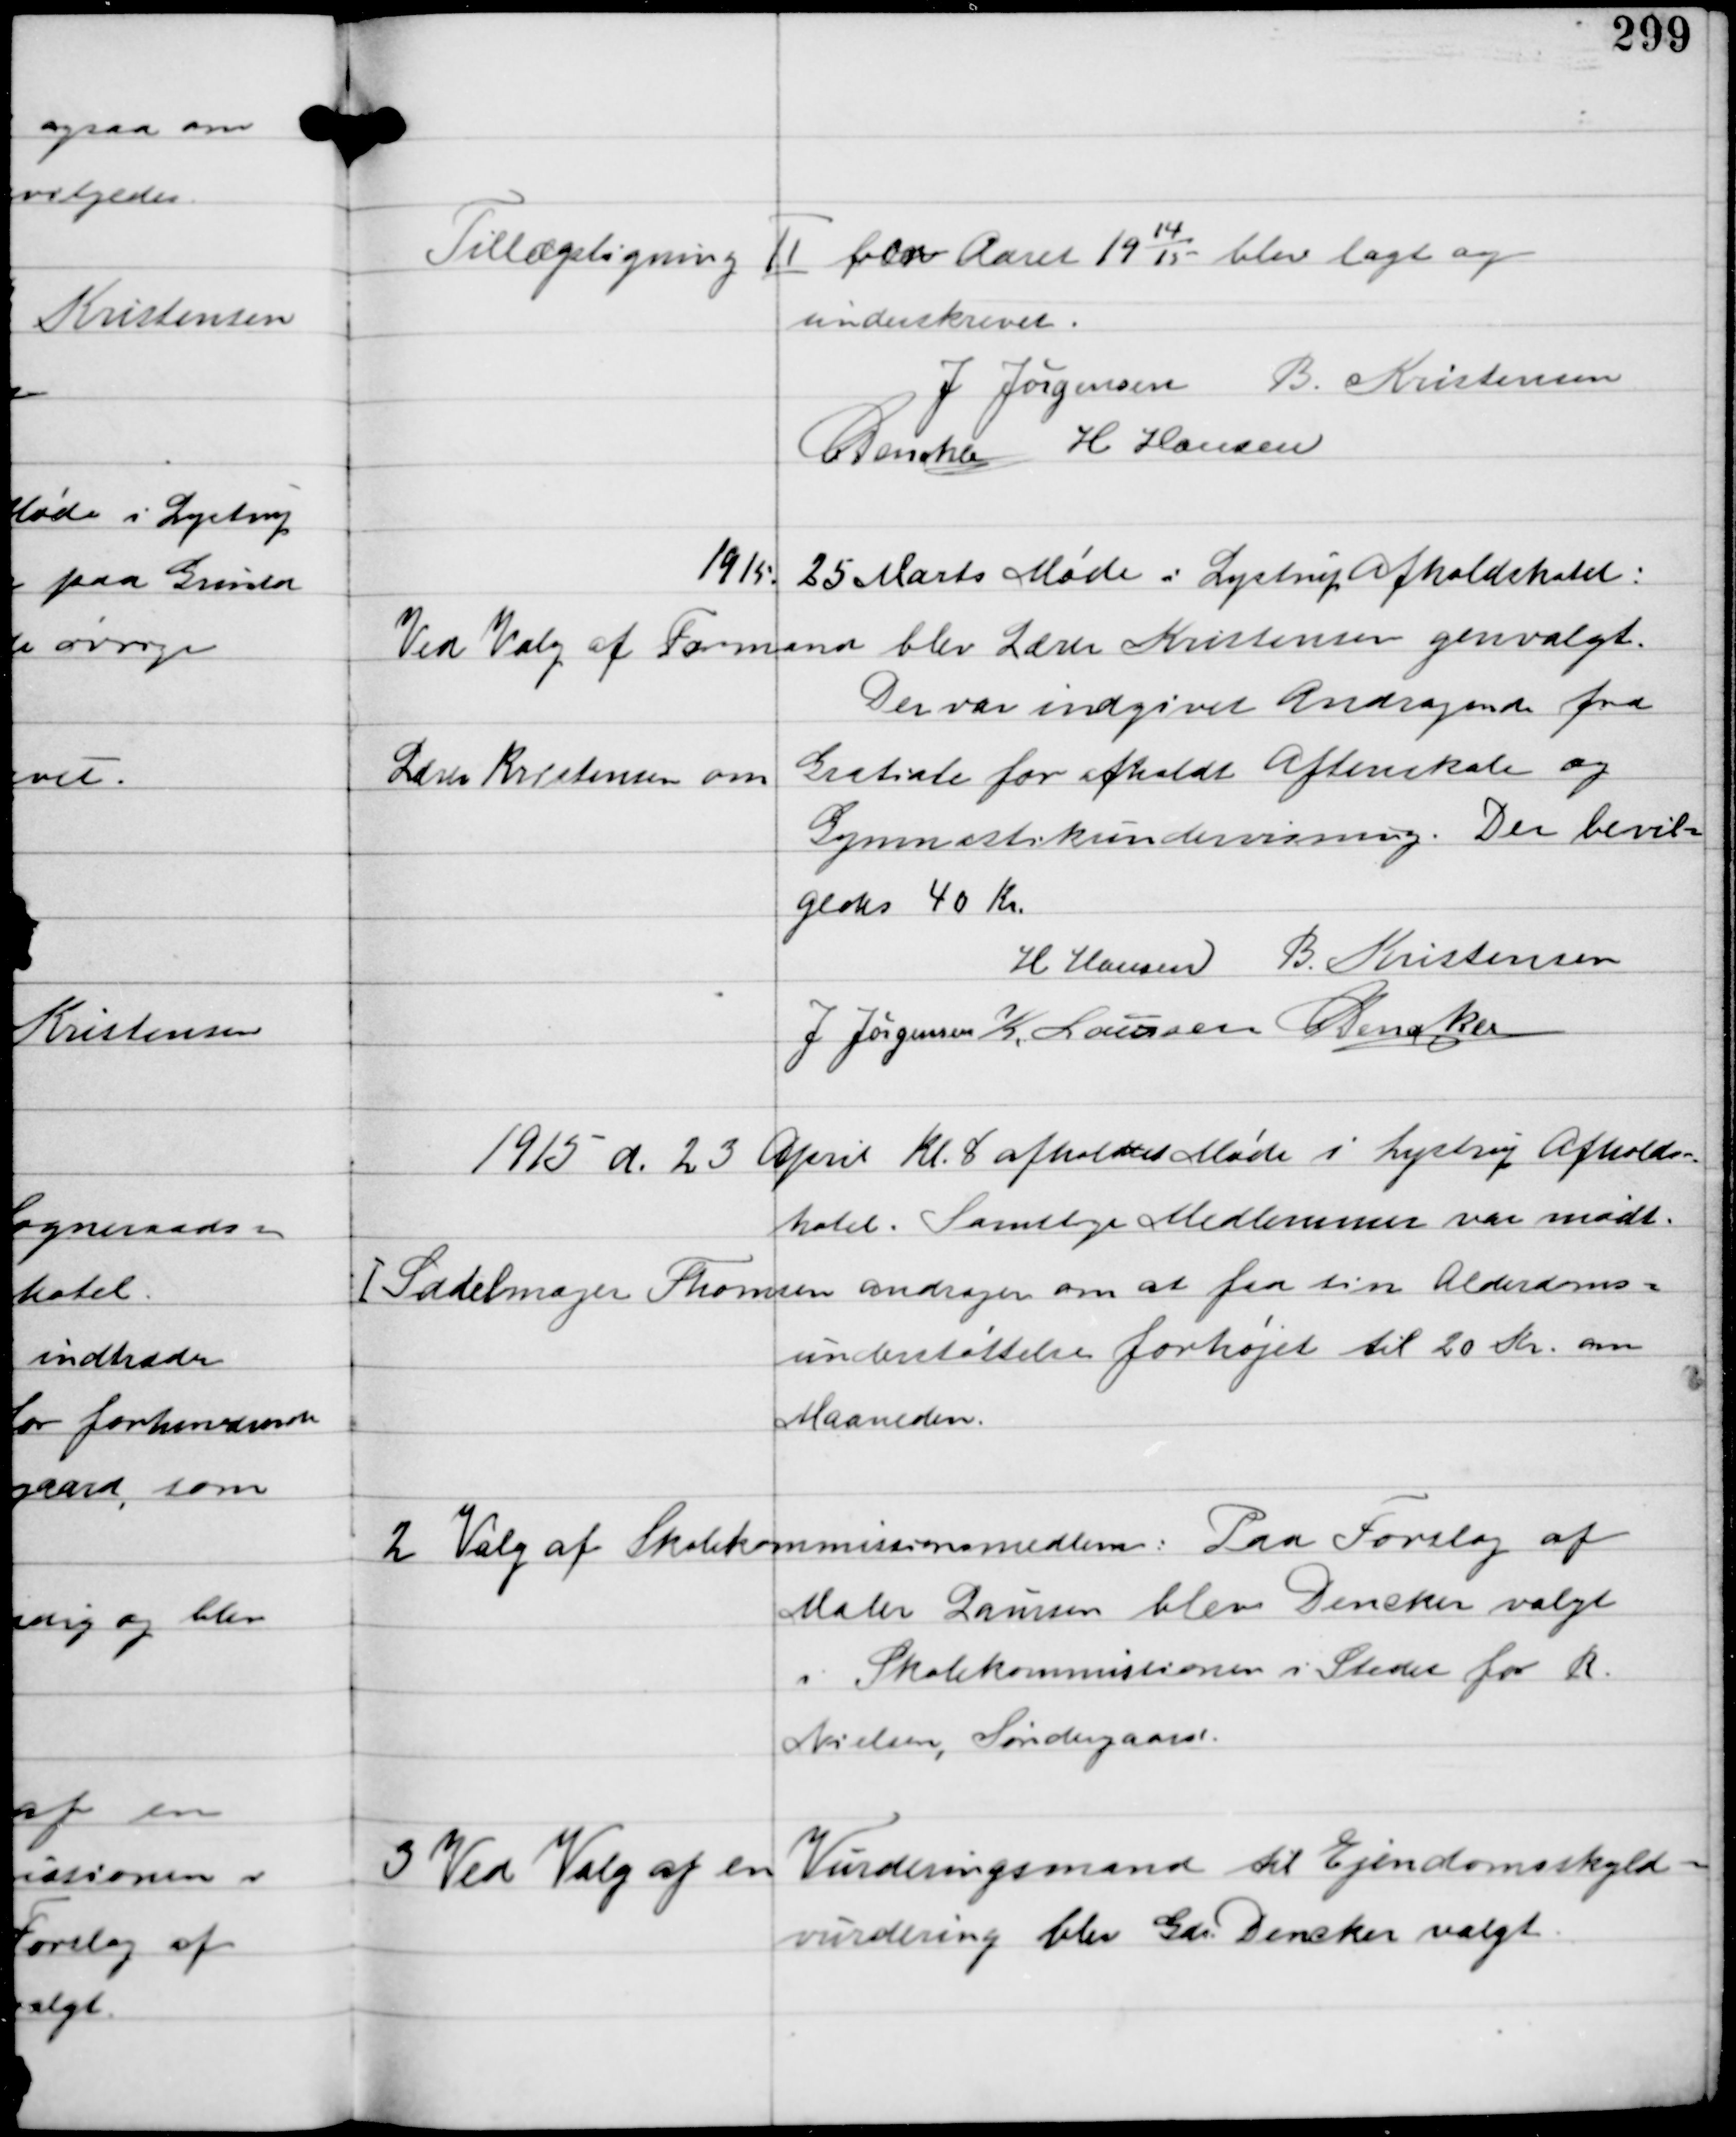
Transskription:
Tillægsligning Ⅱ for Aaret 19
14
15
blev lagt og
underskrevet.

J Jørgensen B. Kristensen
C Dencker H Hansen

1915 25 Marts Møde i Lystrup Afholdshotel:

Ved Valg af Formand blev Lærer Kristensen genvalgt.
Der var indgivet Andragende fra
Lærer Kristensen om
Gratiale for Afholdt Aftenskole og
Gymnastikundevisning. Der bevil-
gedes 40 Kr.

H Hansen B. Kristensen
J Jørgensen K Laursen C Dencker

1915 d. 23 April Kl 8 afholdt Møde i Lystrup Afholds-
hotel. Samtlige Medlemmer var mødt.

1
Sadelmager Thomsen andrager om at faa sin Alderdoms-
understøttelse forhøjet til 20 Kr om
Maaneden.

2
Valg af Skolekommissionsmedlem. Paa Forslag af
Maler Laursen blev Dencker valgt
i Skolekommissionen i Stedet for R
Nielsen, Søndergaard.

3
Ved Valg af en Vurderingsmand til Ejendomsskyld-
vurdering blev Gdr Dencker valgt